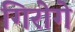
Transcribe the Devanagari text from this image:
गिरोगे